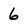
Character: 6